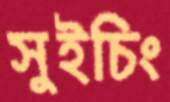
সুইচিং